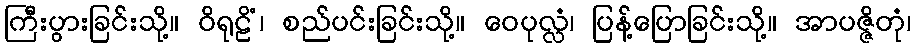
ကြီးပွားခြင်းသို့။ ဝိရုဠိံ၊ စည်ပင်းခြင်းသို့။ ဝေပုလ္လံ၊ ပြန့်ပြောခြင်းသို့။ အာပဇ္ဇိတုံ၊